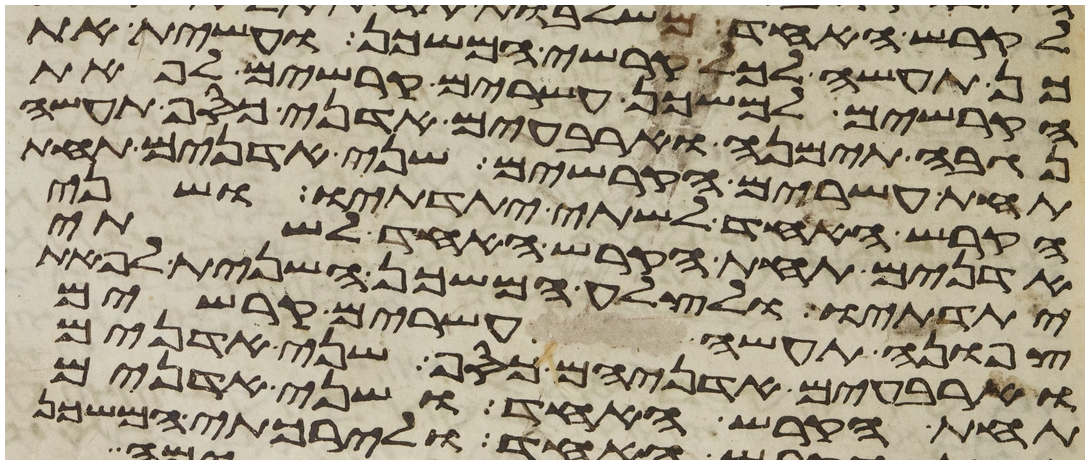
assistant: כן תעשה לכל קרשי המשכן ועשית את
הקרשים למשכן עשרים קרשים לפאת
נגבה תימנה וארבעים אדני כסף תעשה
תחת עשרים הקרשים שני אדנים תחת
הקרש האחד לשתי יתדתיו ושני
אדנים תחת הקרש האחד לשתי
יתדתיו ולצלע המשכן השנית לפאת
צפונה תעשה עשרים קרשים
וארבעים אדניהם כסף שני אדנים
תחת הקרש האחד ושני אדנים